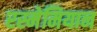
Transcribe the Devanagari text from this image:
रस्मेमियान